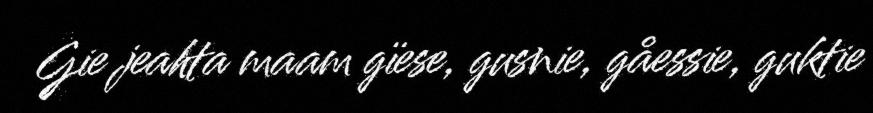
Gie jeahta maam gïese, gusnie, gåessie, guktie